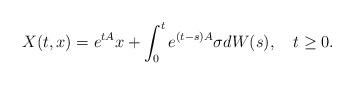
LaTeX: \begin{align*}X(t,x)=e^{tA}x+ \int_0^t e^{(t-s)A}\sigma dW(s), \ \ \ t\geq 0.\end{align*}